Report of the Hyderabad Chloroform Commission
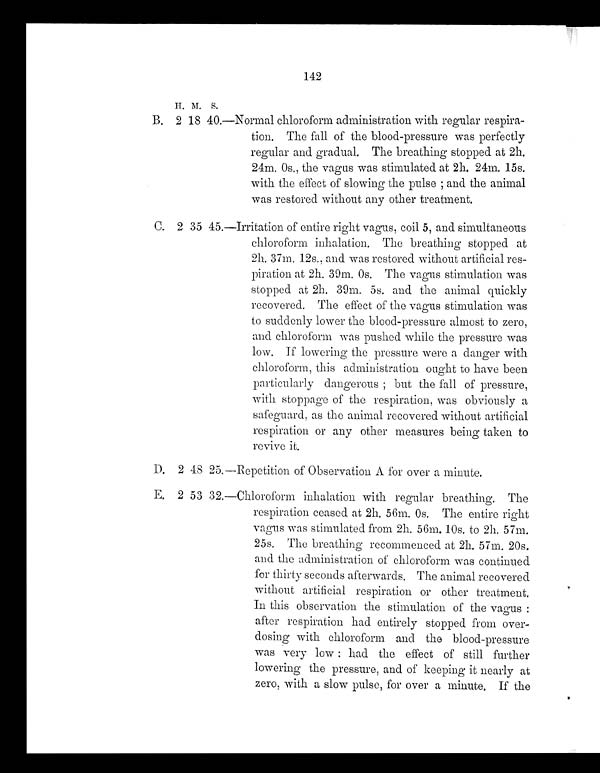
142
H . M . S .
B. 2 18 40.—Normal chloroform administration with regular respira-
tion. The fall of the blood-pressure was perfectly
regular and gradual. The breathing stopped at 2h.
24m. 0s., the vagus was stimulated at 2h. 24m. 15s.
with the effect of slowing the pulse; and the animal
was restored without any other treatment.
C. 2 35 45.—Irritation of entire right vagus, coil 5, and simultaneous
chloroform inhalation. The breathing stopped at
2h. 37m. 12s., and was restored without artificial res-
-piration at 2h. 39m. 0s. The vagus stimulation was
stopped at 2h. 39m. 5s. and the animal quickly
recovered. The effect of the vagus stimulation was
to suddenly lower the blood-pressure almost to zero,
and chloroform was pushed while the pressure was
low. If lowering the pressure were a danger with
chloroform, this administration ought to have been
particularly dangerous; but the fall of pressure,
with stoppage of the respiration, was obviously a
safeguard, as the animal recovered without artificial
respiration or any other measures being taken to
revive it.
D. 2 48 25.—Repetition of Observation A for over a minute.
E. 2 53 32.—Chloroform inhalation with regular breathing. The
respiration ceased at 2h. 56m. 0s. T h e e n t i r e r i g h t
vagus was stimulated from 2h. 56m. 10s. to 2h. 57m.
25s. The breathing recommenced at 2h. 57m. 20s.
and the administration of chloroform was continued
for thirty seconds afterwards. The animal recovered
without artificial respiration or other treatment.
In this observation the stimulation of the vagus :
after respiration had entirely stopped from over-
-dosing with chloroform and the blood-pressure
was very low : had the effect of still further
lowering the pressure, and of keeping it nearly at
zero, with a slow pulse, for over a minute. If the